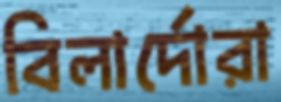
বিলার্দোরা